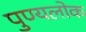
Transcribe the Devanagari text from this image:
पुण्यलोक